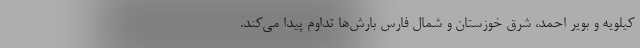
کیلویه و بویر احمد، شرق خوزستان و شمال فارس بارش‌ها تداوم پیدا می‌کند.